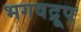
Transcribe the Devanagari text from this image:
भगवद्रूप